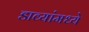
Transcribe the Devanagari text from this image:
डाव्यांमध्ये